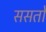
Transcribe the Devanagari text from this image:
ससतो